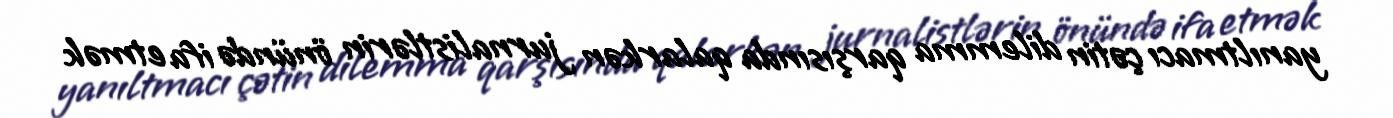
yanıltmacı çətin dilemma qarşısında qalarkən jurnalistlərin önündə ifa etmək